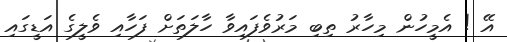
އޭ ! އެމީހުން މިހާރު ތިބި މަރުވެފައިވާ ހާލަތަށް ފަހާއި ވެލީގެ އަޑީގައި